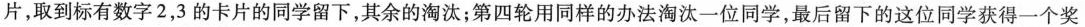
片，取到标有数字2，3的卡片的同学留下，其余的淘汰；第四轮用同样的办法淘汰一位同学，最后留下的这位同学获得一个奖